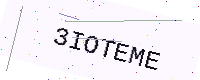
Text: 3IOTEME